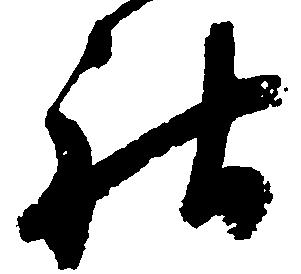
社